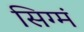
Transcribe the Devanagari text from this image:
सिग्मं